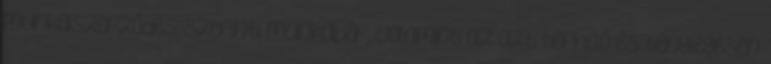
munkaszerződés szerinti munkabér, valamint az azt terhelő és ténylegesen